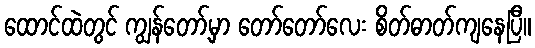
ထောင်ထဲတွင် ကျွန်တော့်မှာ တော်တော်လေး စိတ်ဓာတ်ကျနေပြီ။